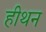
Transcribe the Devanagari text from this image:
हीथन